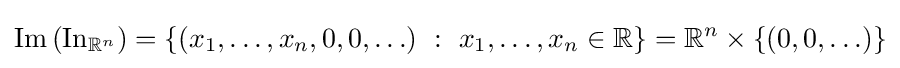
\operatorname {Im} \left(\operatorname {In} _{\mathbb {R} ^{n}}\right)=\left\{\left(x_{1},\ldots ,x_{n},0,0,\ldots \right)~:~x_{1},\ldots ,x_{n}\in \mathbb {R} \right\}=\mathbb {R} ^{n}\times \left\{(0,0,\ldots )\right\}